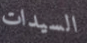
السيدات